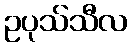
ဥပုသ်သီလ